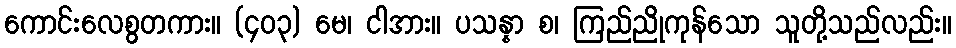
ကောင်းလေစွတကား။ (၄၀၃) မေ၊ ငါအား။ ပသန္နာ စ၊ ကြည်ညိုကုန်သော သူတို့သည်လည်း။